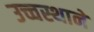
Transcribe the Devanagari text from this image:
उच्चस्थाने